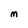
Character: M